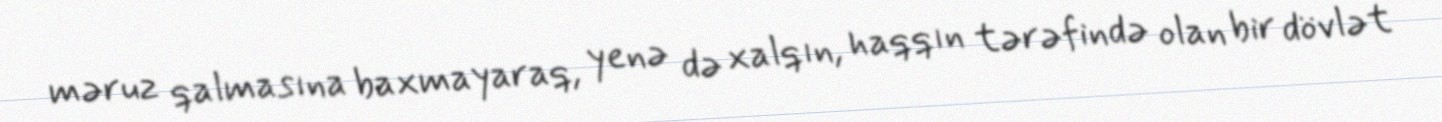
məruz qalmasına baxmayaraq, yenə də xalqın, haqqın tərəfində olan bir dövlət